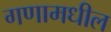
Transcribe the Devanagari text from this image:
गणामधील